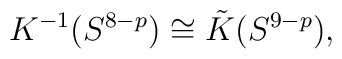
K^{-1} (S^{8-p}) \cong \tilde{K} (S^{9-p}),